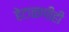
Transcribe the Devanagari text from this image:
हेटाळणीही